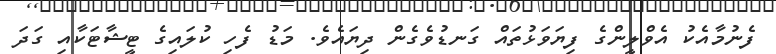
ފެނުމާއެކު އެވްލީންގެ ފިޔަވަޅުތައް ގަނޑުވެގެން ދިޔައެވެ. މަޑު ފެހި ކުލައިގެ ޓީޝާޓަކާއި ގަދަ